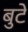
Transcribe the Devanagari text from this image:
बुटे